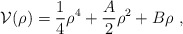
\begin{align*}{\cal V}(\rho)={1\over4}\rho^4+{A\over2}\rho^2+B\rho\ ,\end{align*}